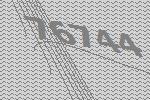
76744